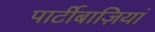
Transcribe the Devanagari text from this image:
पार्टीबाज़ियां